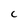
Character: C